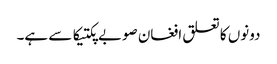
دونوں کا تعلق افغان صوبے پکتیکا سے ہے۔